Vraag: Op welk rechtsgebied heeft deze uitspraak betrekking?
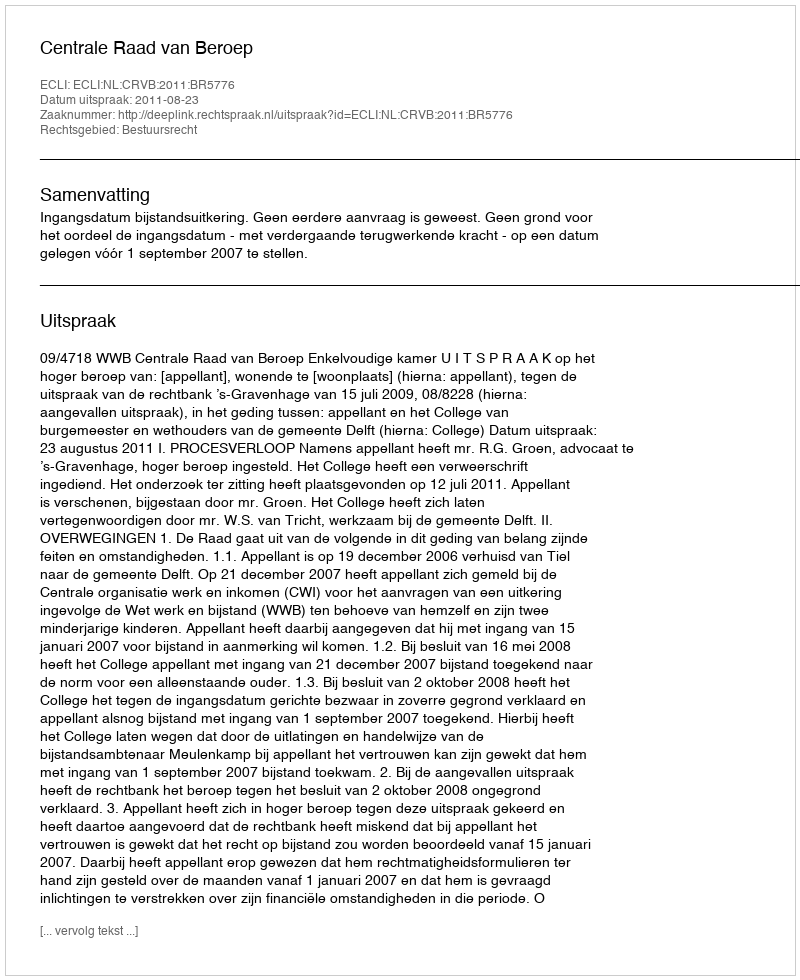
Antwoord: Bestuursrecht